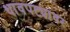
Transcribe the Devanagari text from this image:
धावपट्यांवर